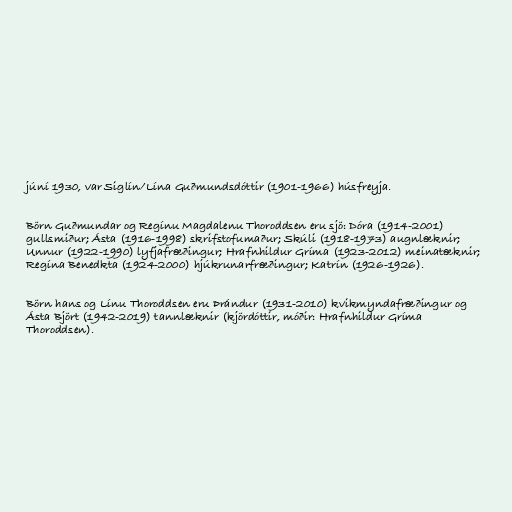
júní 1930, var Siglín/Lína Guðmundsdóttir (1901-1966) húsfreyja.

Börn Guðmundar og Regínu Magdalenu Thoroddsen eru sjö: Dóra (1914-2001)
gullsmiður; Ásta (1916-1998) skrifstofumaður; Skúli (1918-1973) augnlæknir;
Unnur (1922-1990) lyfjafræðingur; Hrafnhildur Gríma (1923-2012) meinatæknir;
Regína Benedkta (1924-2000) hjúkrunarfræðingur; Katrín (1926-1926).

Börn hans og Línu Thoroddsen eru Þrándur (1931-2010) kvikmyndafræðingur og
Ásta Björt (1942-2019) tannlæknir (kjördóttir, móðir: Hrafnhildur Gríma
Thoroddsen).